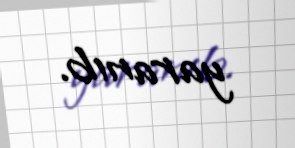
yaranıb.